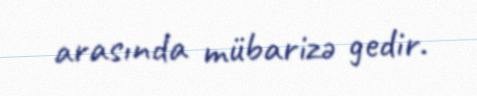
arasında mübarizə gedir.